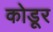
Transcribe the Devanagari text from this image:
कोडूर